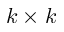
k \times k